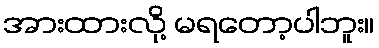
အားထားလို့ မရတော့ပါဘူး။